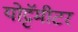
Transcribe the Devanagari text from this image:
योट्टॅमीटर